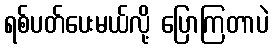
ရစ်ပတ်ပေးမယ်လို့ ပြောကြတာပဲ